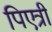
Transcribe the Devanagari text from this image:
पिएत्री